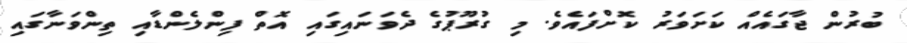
ބުރުން ޖާގައެއް ކަށަވަރު ކޮށްފައެވެ. މި ގުރޫޕުގެ ދެވަނައިގައި އޮތް ފިންލެންޑާއި ތިންވަނާގައި